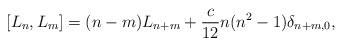
LaTeX: \begin{align*}[L_n,L_m] = (n-m) L_{n+m} + \frac{c}{12} n(n^2-1) \delta_{n+m,0},\end{align*}